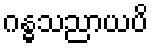
ဂန္ဓသညာယပိ